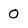
Character: 0